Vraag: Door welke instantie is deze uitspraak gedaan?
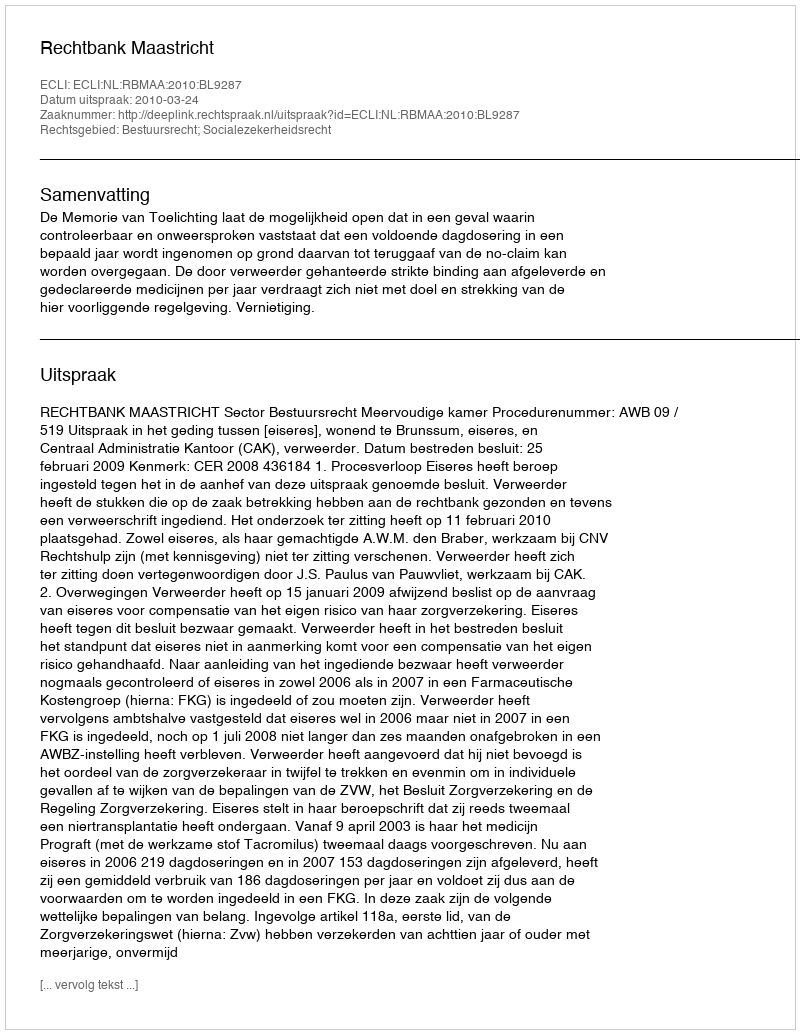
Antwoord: Rechtbank Maastricht